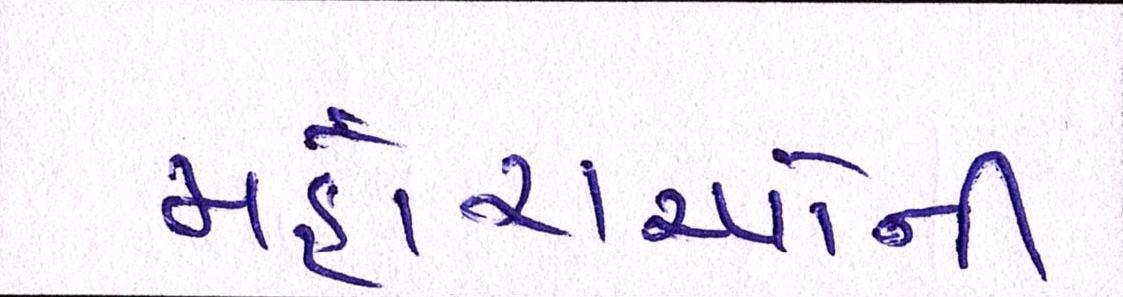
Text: મહોરાઓની